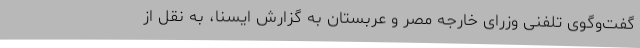
گفت‌وگوی تلفنی وزرای خارجه مصر و عربستان به گزارش ایسنا، به نقل از